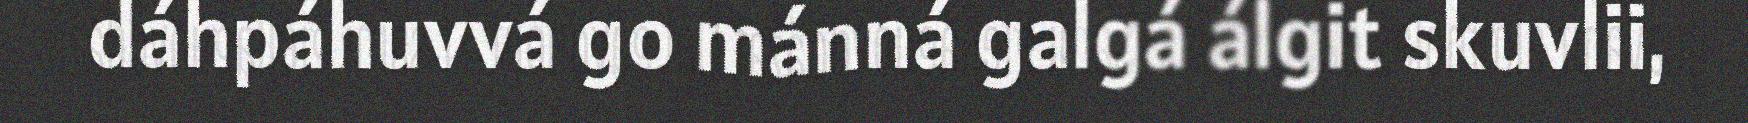
dáhpáhuvvá go mánná galgá álgit skuvlii,